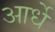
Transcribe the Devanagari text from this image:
आर्धे